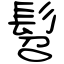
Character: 髫